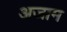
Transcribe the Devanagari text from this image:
अजाम